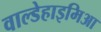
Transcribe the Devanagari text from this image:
वाल्डेहाइमिआ